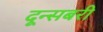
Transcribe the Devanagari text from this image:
दून्सबरी